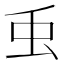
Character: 䖝